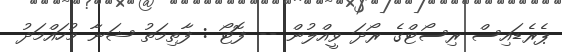
ޕެރެޑައިސް ރިސޯޓްގެ ރޯދަ ވީއްލުން -- ފޮޓޯ : ފާތިމަތު ޝަނާ މުހައްމަދު